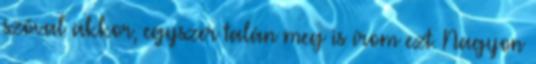
szóval akkor, egyszer talán meg is írom ezt. Nagyon